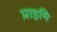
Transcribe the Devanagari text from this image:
प्राइमि